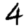
Digit: 4